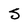
Character: S